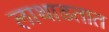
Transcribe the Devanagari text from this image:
लाथाडतात